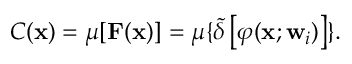
C ( \mathbf { x } ) = \mu [ \mathbf { F } ( \mathbf { x } ) ] = \mu \{ \tilde { \delta } \left[ \varphi ( \mathbf { x } ; \mathbf { w } _ { i } ) \right] \} .